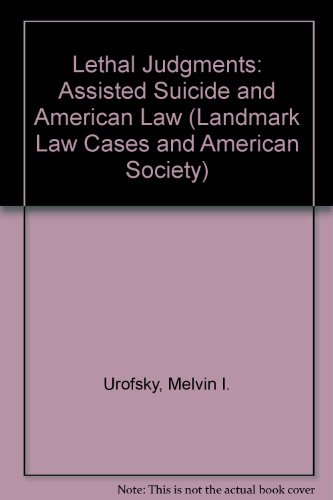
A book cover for Lethal Judgments: Assisted Suicide and American Law (Landmark Law Cases & American Society); Melvin I. Urofsky; Medical Books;